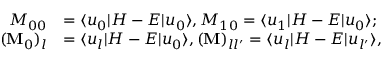
\begin{array} { r l } { M _ { 0 0 } } & { = \langle u _ { 0 } | H - E | u _ { 0 } \rangle , M _ { 1 0 } = \langle u _ { 1 } | H - E | u _ { 0 } \rangle ; } \\ { ( \mathbf { M } _ { 0 } ) _ { l } } & { = \langle u _ { l } | H - E | u _ { 0 } \rangle , ( \mathbf { M } ) _ { l l ^ { \prime } } = \langle u _ { l } | H - E | u _ { l ^ { \prime } } \rangle , } \end{array}